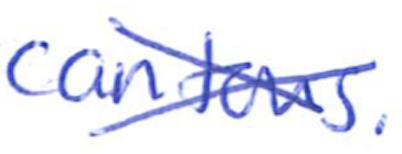
Text: cantons.
Cross-out: cross
Writing tool: ballpoint